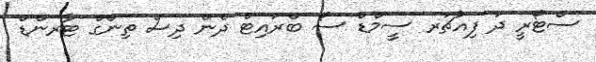
ސްޓޯރީ ދަ ފިއުޗަރ ސީމްޑް ސޯ ބްރައިޓް ދެން ދިސް ތިންގް ޓާރންޑް